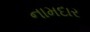
નામદાર